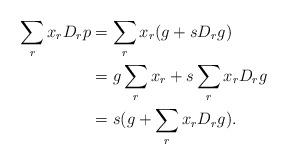
LaTeX: \begin{align*}\sum_r x_r D_r p &= \sum_r x_r (g + s D_r g) \\&= g \sum_r x_r + s \sum_r x_r D_r g \\&= s(g + \sum_r x_r D_r g).\end{align*}